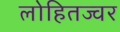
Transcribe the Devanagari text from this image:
लोहितज्वर